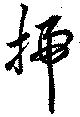
掃